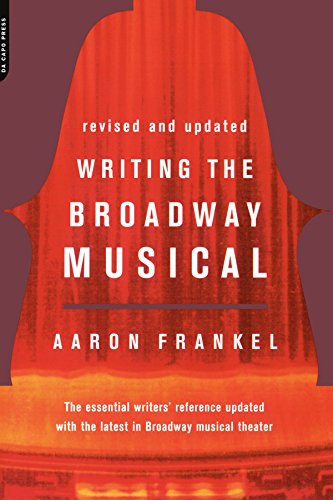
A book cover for Writing The Broadway Musical; Aaron Frankel; Arts & Photography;